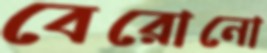
বেরোনো